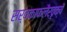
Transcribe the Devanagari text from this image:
सर्वकाफलैर्वृक्षै